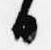
日